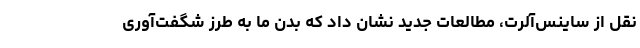
نقل از ساینس‌آلرت، مطالعات جدید نشان داد که بدن ما به طرز شگفت‌آوری